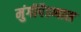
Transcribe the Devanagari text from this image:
मुंगीपैठणास